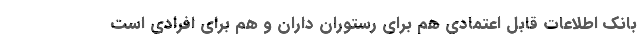
بانک اطلاعات قابل اعتمادی هم برای رستوران داران و هم برای افرادی است